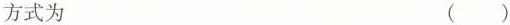
方式为 ( )